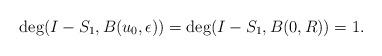
LaTeX: \begin{align*} \textup{deg}(I-S_1, B(u_0, \epsilon))= \textup{deg}(I-S_1, B(0, R))= 1.\end{align*}